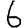
Digit: 6